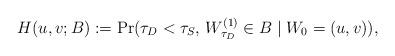
LaTeX: \begin{align*}H ( u ,v ; B ) := \Pr ( \tau_D < \tau_S, \, W^{(1)}_{\tau_D} \in B \mid W_0 = (u,v) ) , \end{align*}